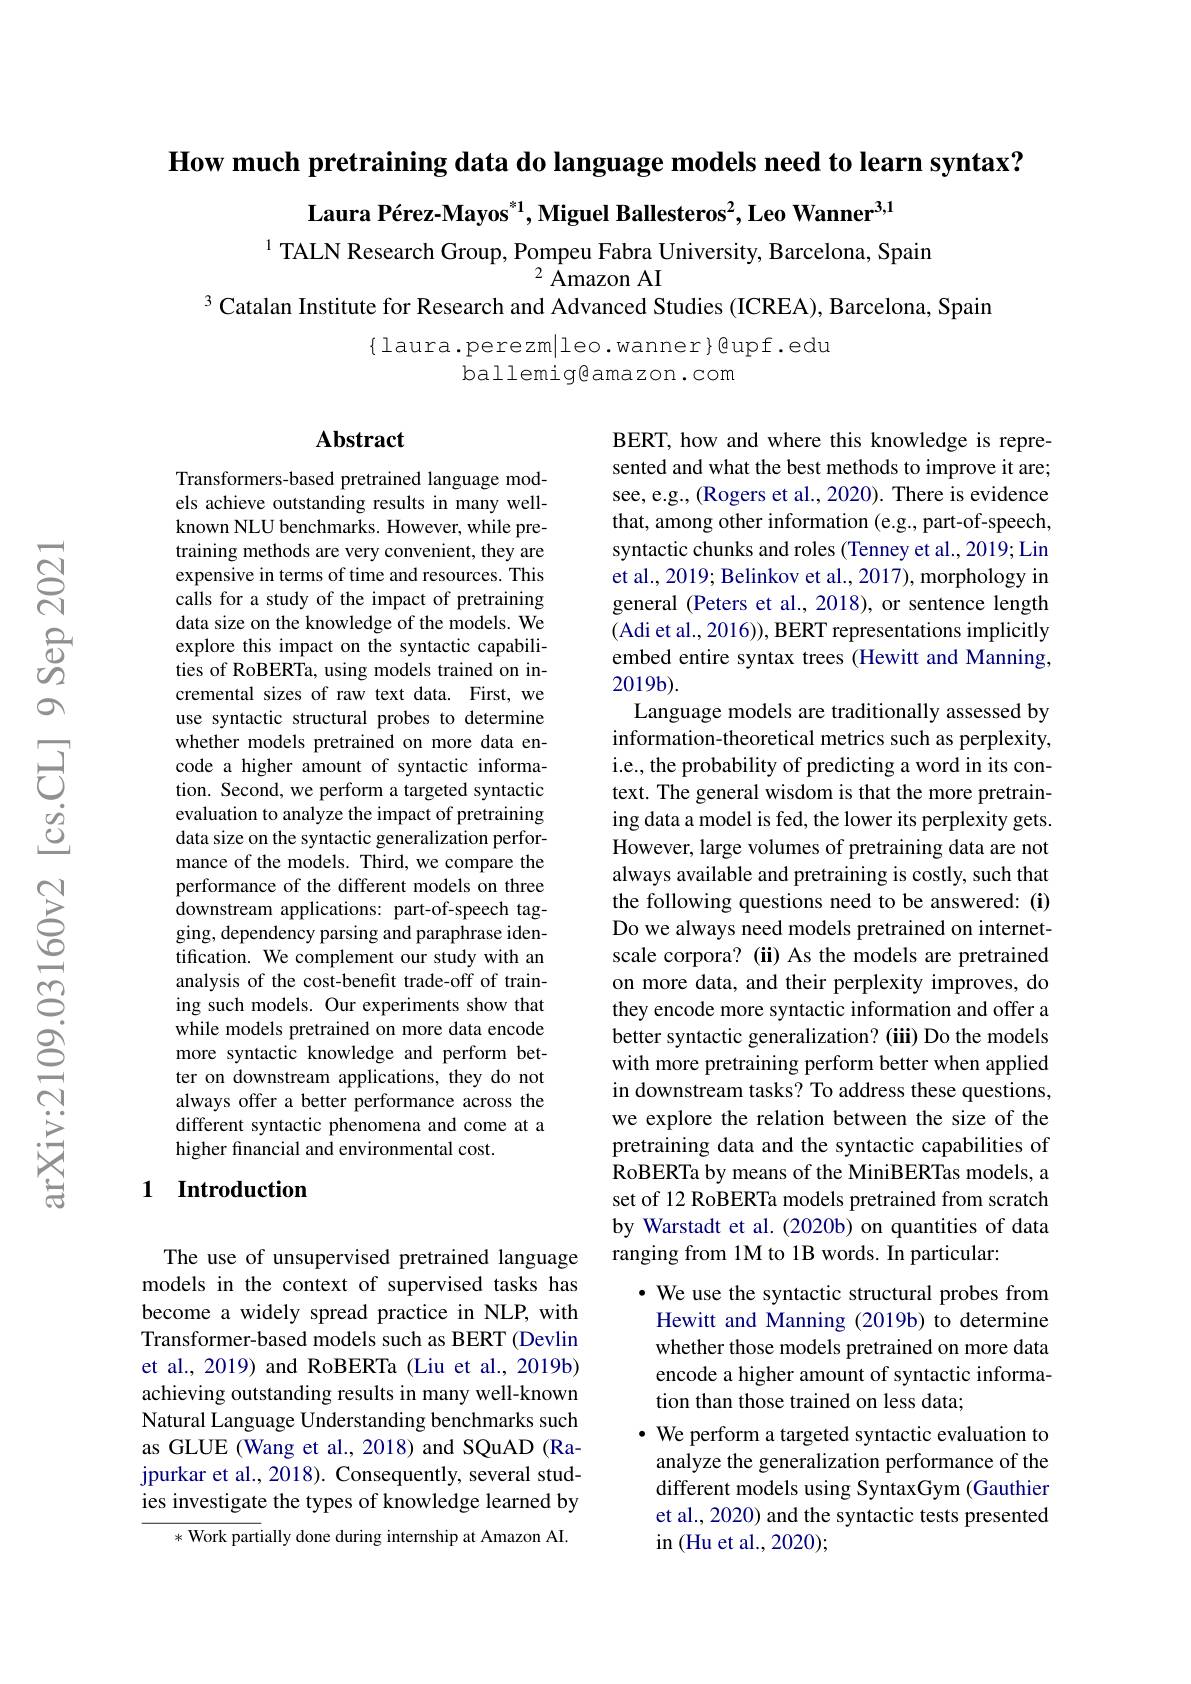
How much pretraining data do language models need to learn syntax?

Laura Pérez-Mayos$^{*1}$,Miguel Ballesteros$^2$,Leo Wanner$^{3,1}$

$^{1}$ TALN Research Group, Pompeu Fabra University, Barcelona, Spain
$^{2}$ Amazon AI
3 Catalan Institute for Research and Advanced Studies (ICREA), Barcelona, Spain

$\{$laura.perezm|leo.wanner$\}$gupf.edu
ballemig@amazon.com

## Abstract

Transformers-based pretrained language models achieve outstanding results in many wellknown NLU benchmarks. However, while pretraining methods are very convenient, they are expensive in terms of time and resources. This calls for a study of the impact of pretraining data size on the knowledge of the models. We explore this impact on the syntactic capabilities of RoBERTa, using models trained on incremental sizes of raw text data. First, we use syntactic structural probes to determine whether models pretrained on more data encode a higher amount of syntactic information. Second, we perform a targeted syntactic evaluation to analyze the impact of pretraining data size on the syntactic generalization performance of the models. Third, we compare the performance of the different models on three downstream applications: part-of-speech tagging, dependency parsing and paraphrase identification. We complement our study with an analysis of the cost-benefit trade-off of training such models. Our experiments show that while models pretrained on more data encode more syntactic knowledge and perform better on downstream applications, they do not always offer a better performance across the different syntactic phenomena and come at a higher financial and environmental cost.

BERT, how and where this knowledge is represented and what the best methods to improve it are; see, e.g., (Rogers et al., 2020). There is evidence that, among other information (e.g., part-of-speech, syntactic chunks and roles (Tenney et al., 2019; Lin et al., 2019; Belinkov et al., 2017), morphology in general (Peters et al., 2018), or sentence length (Adi et al., 2016)), BERT representations implicitly embed entire syntax trees (Hewitt and Manning, 2019b).
Language models are traditionally assessed by information-theoretical metrics such as perplexity, i.e., the probability of predicting a word in its context. The general wisdom is that the more pretraining data a model is fed, the lower its perplexity gets. However, large volumes of pretraining data are not always available and pretraining is costly, such that the following questions need to be answered: (i) Do we always need models pretrained on internetscale corpora? (ii) As the models are pretrained on more data, and their perplexity improves, do they encode more syntactic information and offer a better syntactic generalization? (iii) Do the models with more pretraining perform better when applied in downstream tasks? To address these questions, we explore the relation between the size of the pretraining data and the syntactic capabilities of RoBERTa by means of the MiniBERTas models, a set of 12 RoBERTa models pretrained from scratch by Warstadt et al.(2020b) on quantities of data ranging from 1M to 1B words. In particular:
· We use the syntactic structural probes from Hewitt and Manning (2019b) to determine

## 1 Introduction

The use of unsupervised pretrained language models in the context of supervised tasks has become a widely spread practice in NLP, with Transformer-based models such as BERT (Devlin et al., 2019) and RoBERTa (Liu et al., 2019b) achieving outstanding results in many well-known Natural Language Understanding benchmarks such as GLUE (Wang et al., 2018) and SQuAD (Rajpurkar et al., 2018). Consequently, several studies investigate the types of knowledge learned by
* Work partially done during internship at Amazon AI.

whether those models pretrained on more data encode a higher amount of syntactic information than those trained on less data;
· We perform a targeted syntactic evaluation to
analyze the generalization performance of the different models using SyntaxGym (Gauthier et al., 2020) and the syntactic tests presented $\operatorname{in}($Hu et al.,2020);